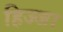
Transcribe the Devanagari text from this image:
हिज्जा